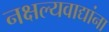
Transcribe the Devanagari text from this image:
नक्षल्यवाद्यांना